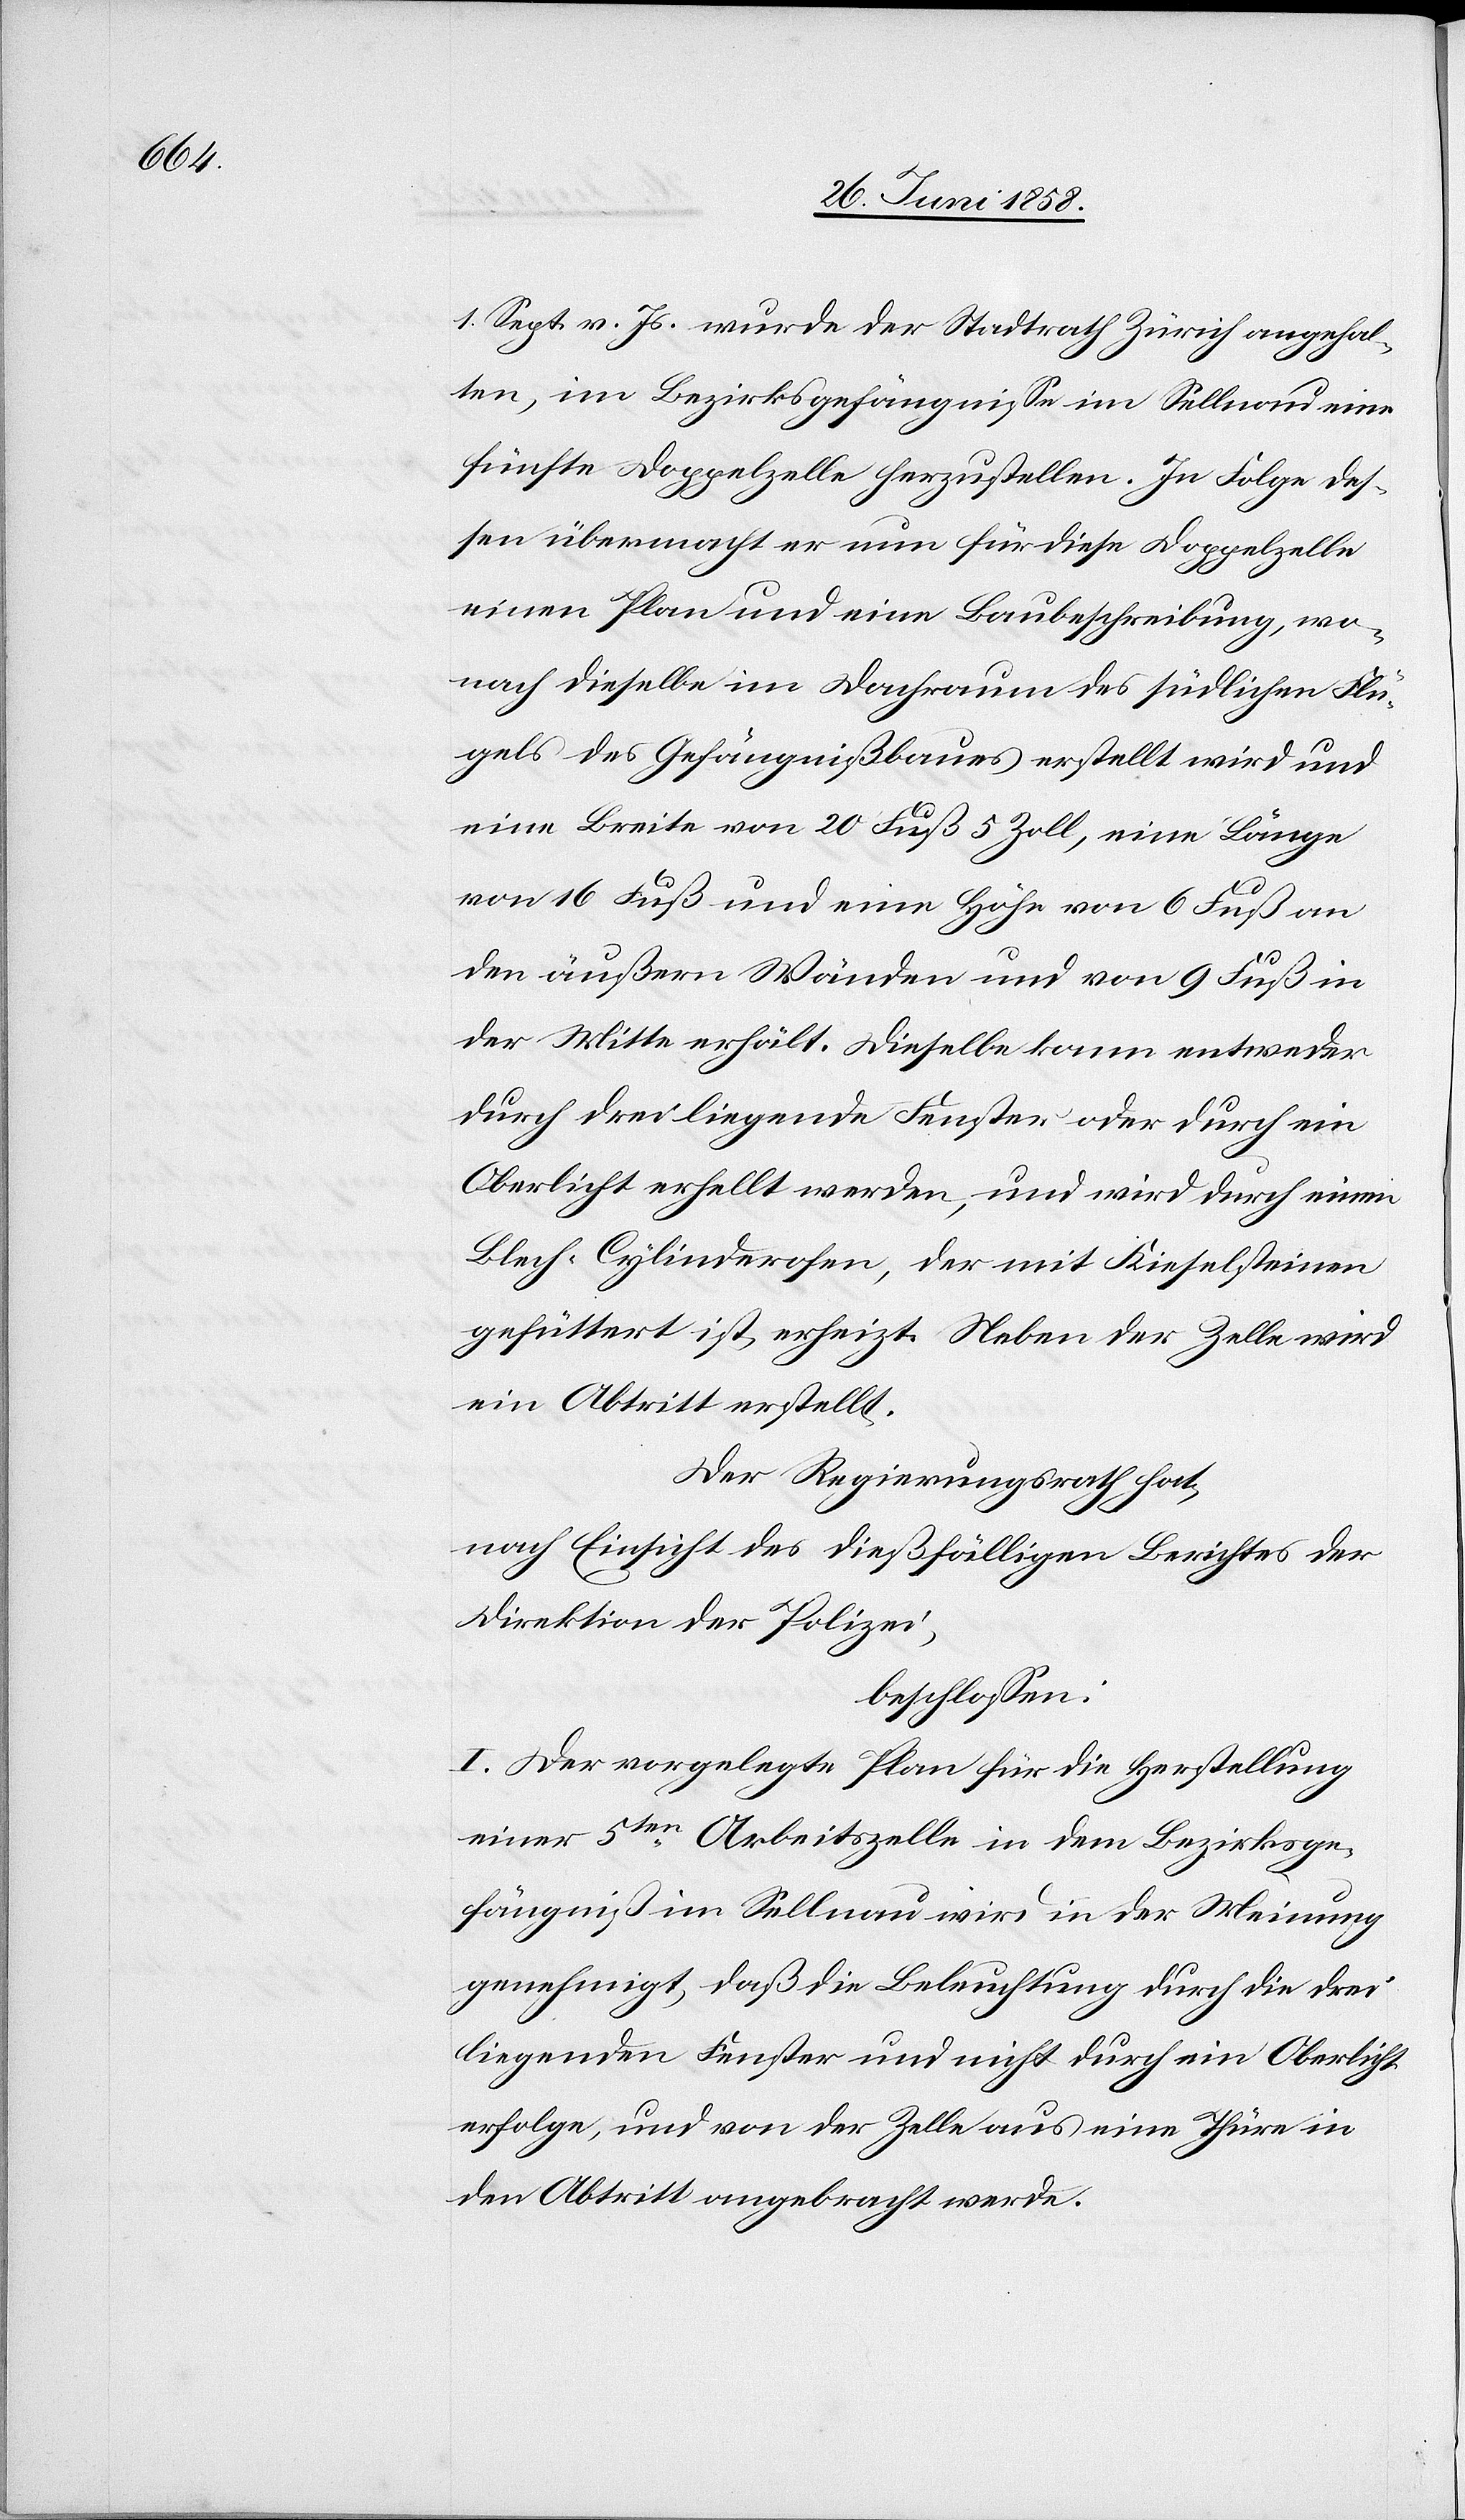
1. Sept. v. Js. wurde der Stadtrath Zürich angehal¬
ten, im Bezirksgefängnisse im Sellnau eine
fünfte Doppelzelle herzustellen. In Folge des¬
sen übermacht er nun für diese Doppelzelle
einen Plan und eine Baubeschreibung, wo¬
nach dieselbe im Dachraum des südlichen Flü¬
gels des Gefängnißbaues erstellt wird und
eine Breite von 20 Fuß 5 Zoll, eine Länge
von 16 Fuß und eine Höhe von 6 Fuß an
den äußern Wänden und von 9 Fuß in
der Mitte erhält. Dieselbe kann entweder
durch drei liegende Fenster oder durch ein
Oberlicht erhellt werden, und wird durch einen
Blech-Cylinderofen, der mit Kieselsteinen
gefüttert ist, erheizt. Neben der Zelle wird
ein Abtritt erstellt.
Der Regierungsrath hat,
nach Einsicht des dießfälligen Berichtes der
Direktion der Polizei,
beschlossen:
I. Der vorgelegte Plan für die Herstellung
einer 5ten Arbeitszelle in dem Bezirksge¬
fängniß im Sellnau wird in der Meinung
genehmigt, daß die Beleuchtung durch die drei
liegenden Fenster und nicht durch ein Oberlicht
erfolge, und von der Zelle aus eine Thüre in
den Abtritt angebracht werde.